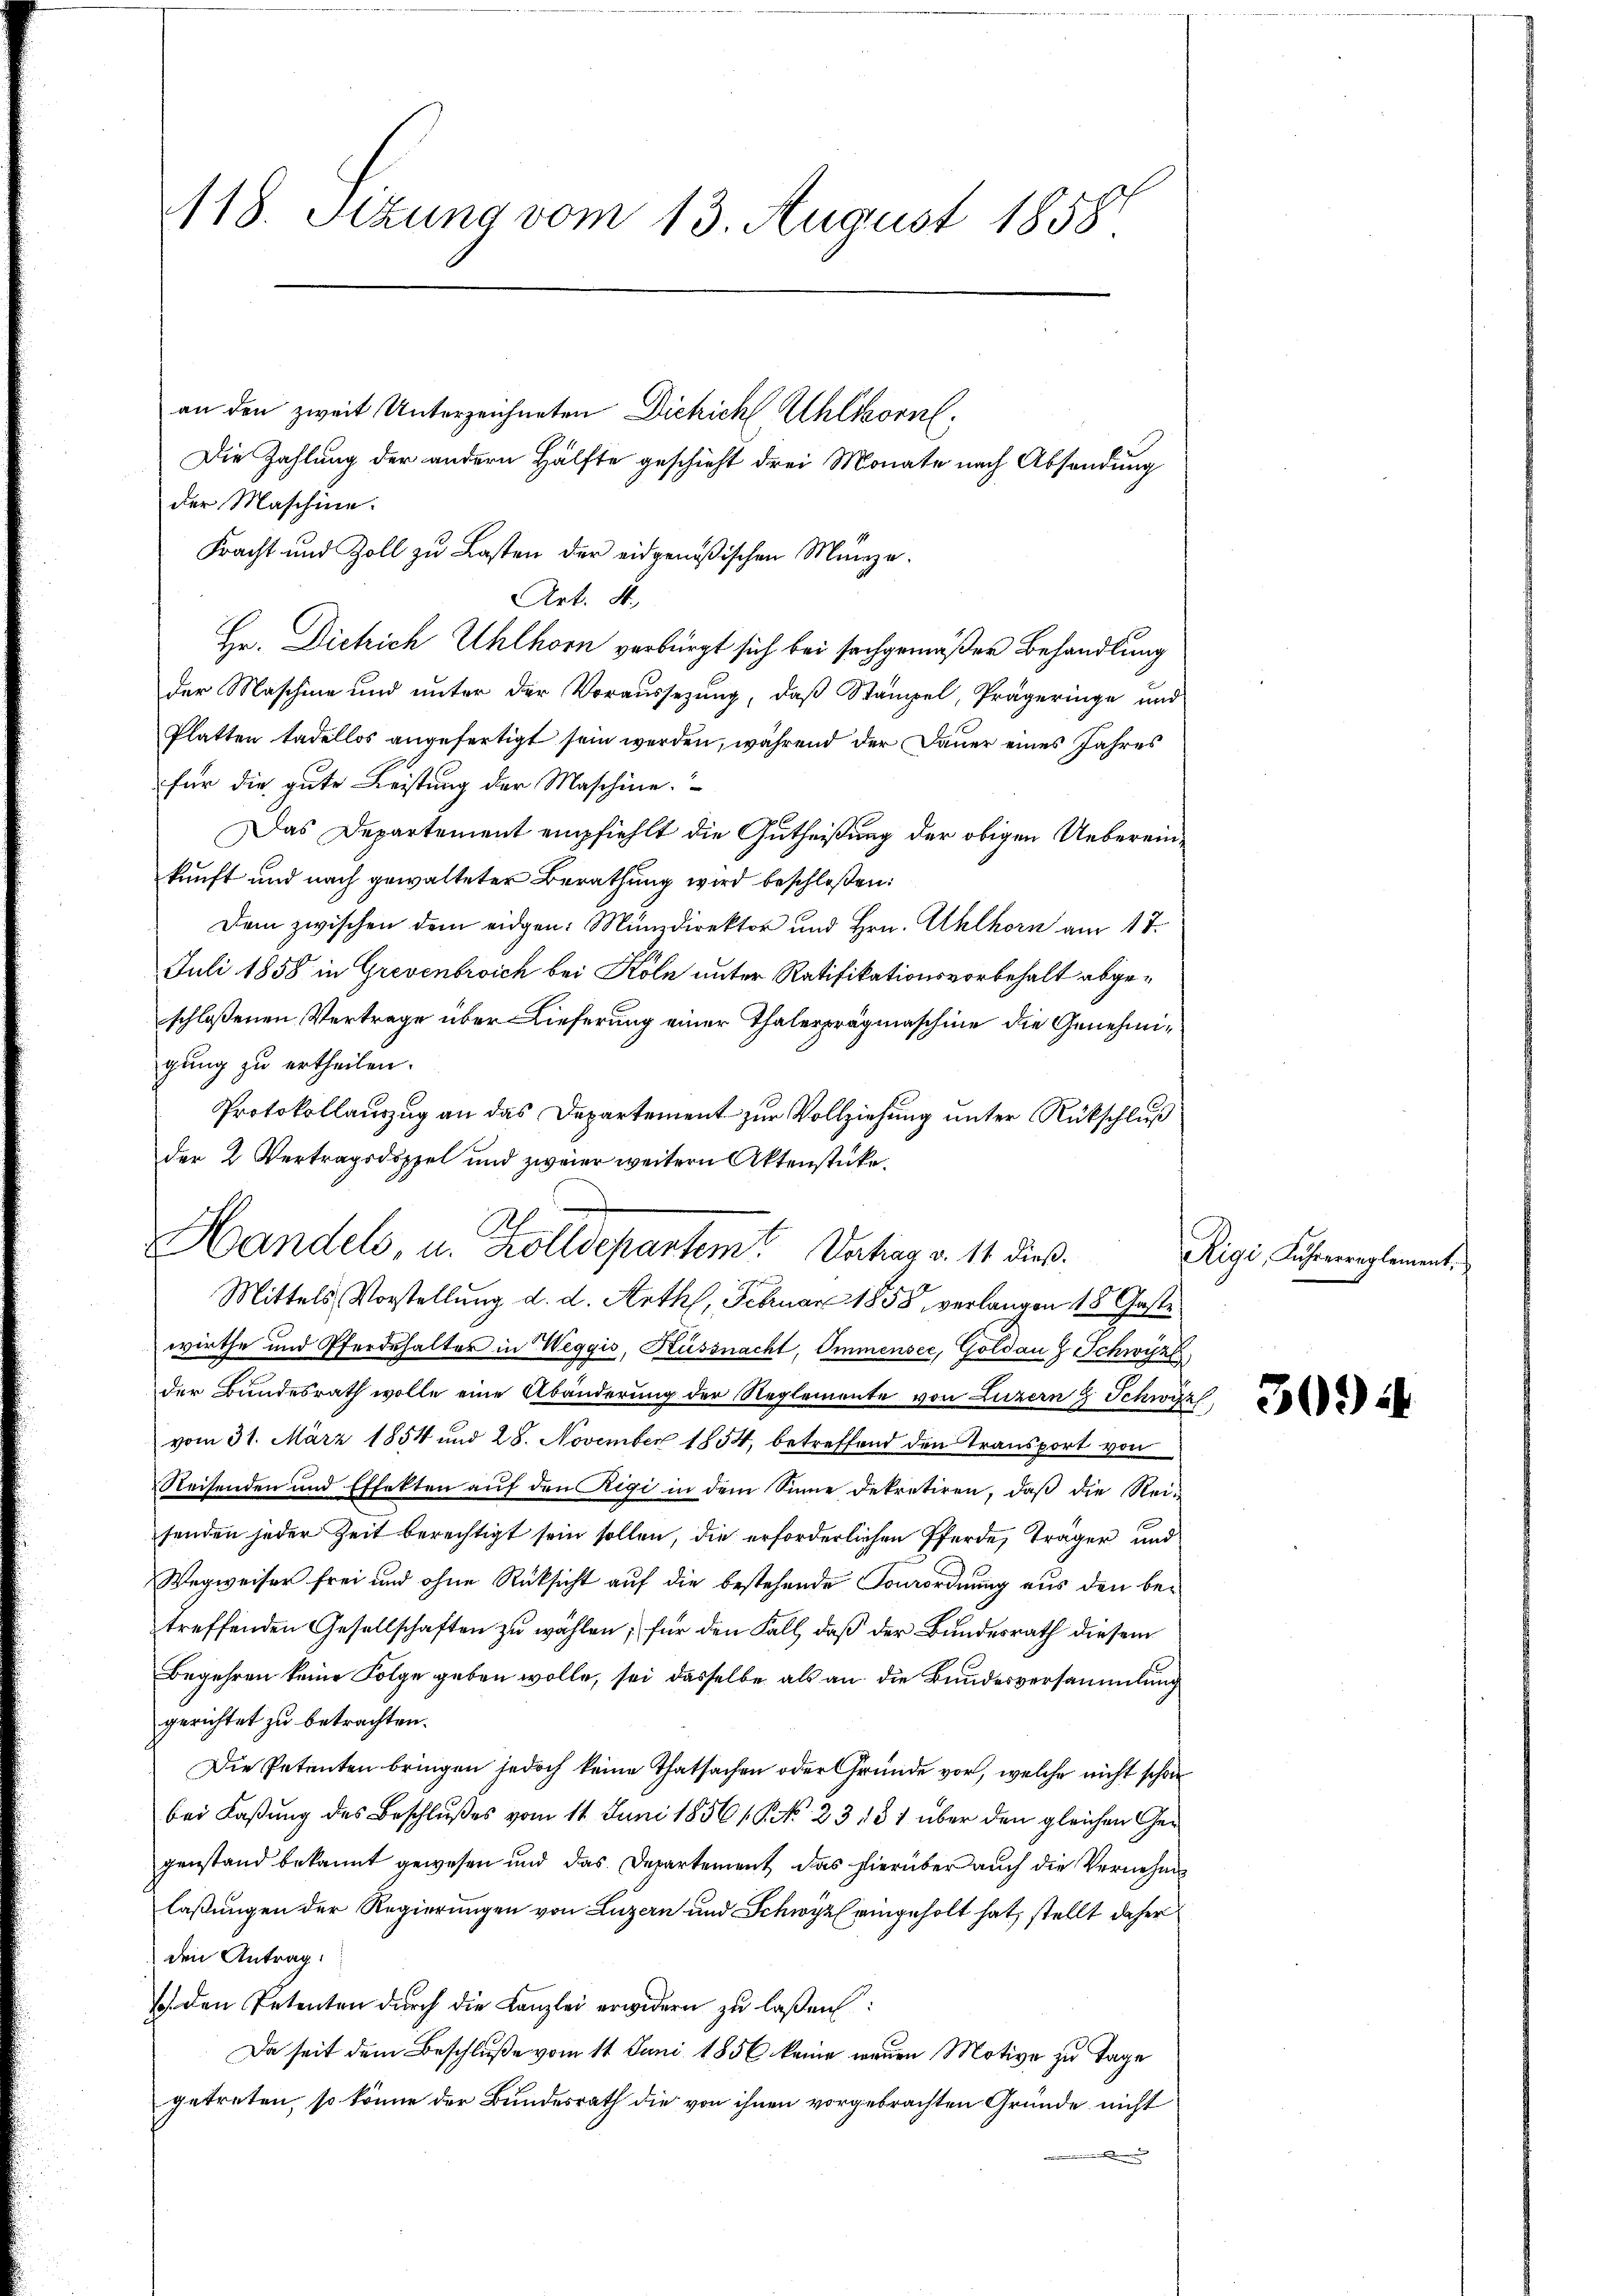
118. Setzung vom 13. August 1858

an den zweit Unterzeichneten Dickichl Uhlsonne¬
Die Zahlung der andern Hälfte geschieht drei Monate nach Absendung
der Maschine.
Fracht und Zoll zu Lasten der eidgenößischen Münze.
Art. S.
Hr. Dichrich Uhlhorn verbürgt sich bei sachgemäßer Behandlung
der Maschine und unter der Voraussezung, daß Stämpel, Prägeringe und
Platten tadellos angefertigt sein werden, während der Dauer eines Jahres
für die gute Leistung der Maschine.
Das Departement empfiehlt die Gutheißung der obigen Uebereinkunft und nach gewalteter Berathung wird beschloßen:
Dem zwischen dem eidgen: Münzdirektor und Hrn. Uhlhorn am 17.
Juli 1858 in Grevenbroich bei Köln unter Ratifikationsvorbehalt abgeschloßenen Vertrage über Lieferung einer Thalerprägmaschine die Genehmigung zu ertheilen.
Protokollauszug an das Departement zur Vollziehung unter Rückschluß
der 2 Vertragsdoppel und zweier weitern Aktenstücke.
wirthe und Pferdehalter in Weggis, Küssnacht, Ommensee, Goldau & Schwyz
der Bundesrath wolle eine Abänderung der Reglemente von Luzern & Schwyz
vom 31. März 1854 und 28. November 1854, betreffend den Transport von
Reisenden und Effekten aŭf den Rigi in dem Sinne dekretiren, daβ die Rei-
senden jeder Zeit berechtigt sein sollen, die erforderlichen Pferde, Träger und
Wegweiser frei und ohne Rücksicht auf die bestehende Vorrordnung aus den betreffenden Gesellschaften zu wählen; für den Fall, daß der Bundesrath diesem
Begehren keine Folge geben wolle, sei dasselbe als an die Bundesversammlung
gerichtet zu betrachten.
Die Petenten bringen jedoch keine Thatsachen oder Gründe vor, welche nicht schon
bei Faßung des Beschlußes vom 14. Juni 1856 § 23181 über den gleichen Gegenstand bekannt gewesen und das Departement das hierüber auch die Vernehm
laßungen der Regierungen von Luzern und Schwyz eingeholt hat, stellt daher
den Antrag:
s den Petenten durch die Kanzlei erwidern zu laßen:
Da seit dem Beschluße vom 11 Juni 1856 keine wegen Motive zu Tage
getreten, so könne der Bundesrath die von ihnen vorgebrachten Gründe nicht
n

2
.
Handels, u. Kolldepartem Vortrag v. 14 dieß.
Mittels Vorstellung d. d. Arth, Februar 1858, verlangen 15 Gaste

Reigi, Fuhrerreglement.

302) i